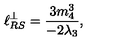
\ell _ { R S } ^ { \perp } = \frac { 3 m _ { 4 } ^ { 3 } } { - 2 \lambda _ { 3 } } ,